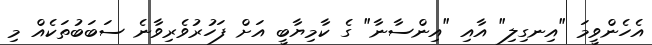
އެހެންވީމަ "އިނގިލި" އާއި "އިންސާނާ" ގެ ކާމިޔާބީ އަށް ފަހުރުވެރިވާނެ ސަބަބުތަކެއް މި